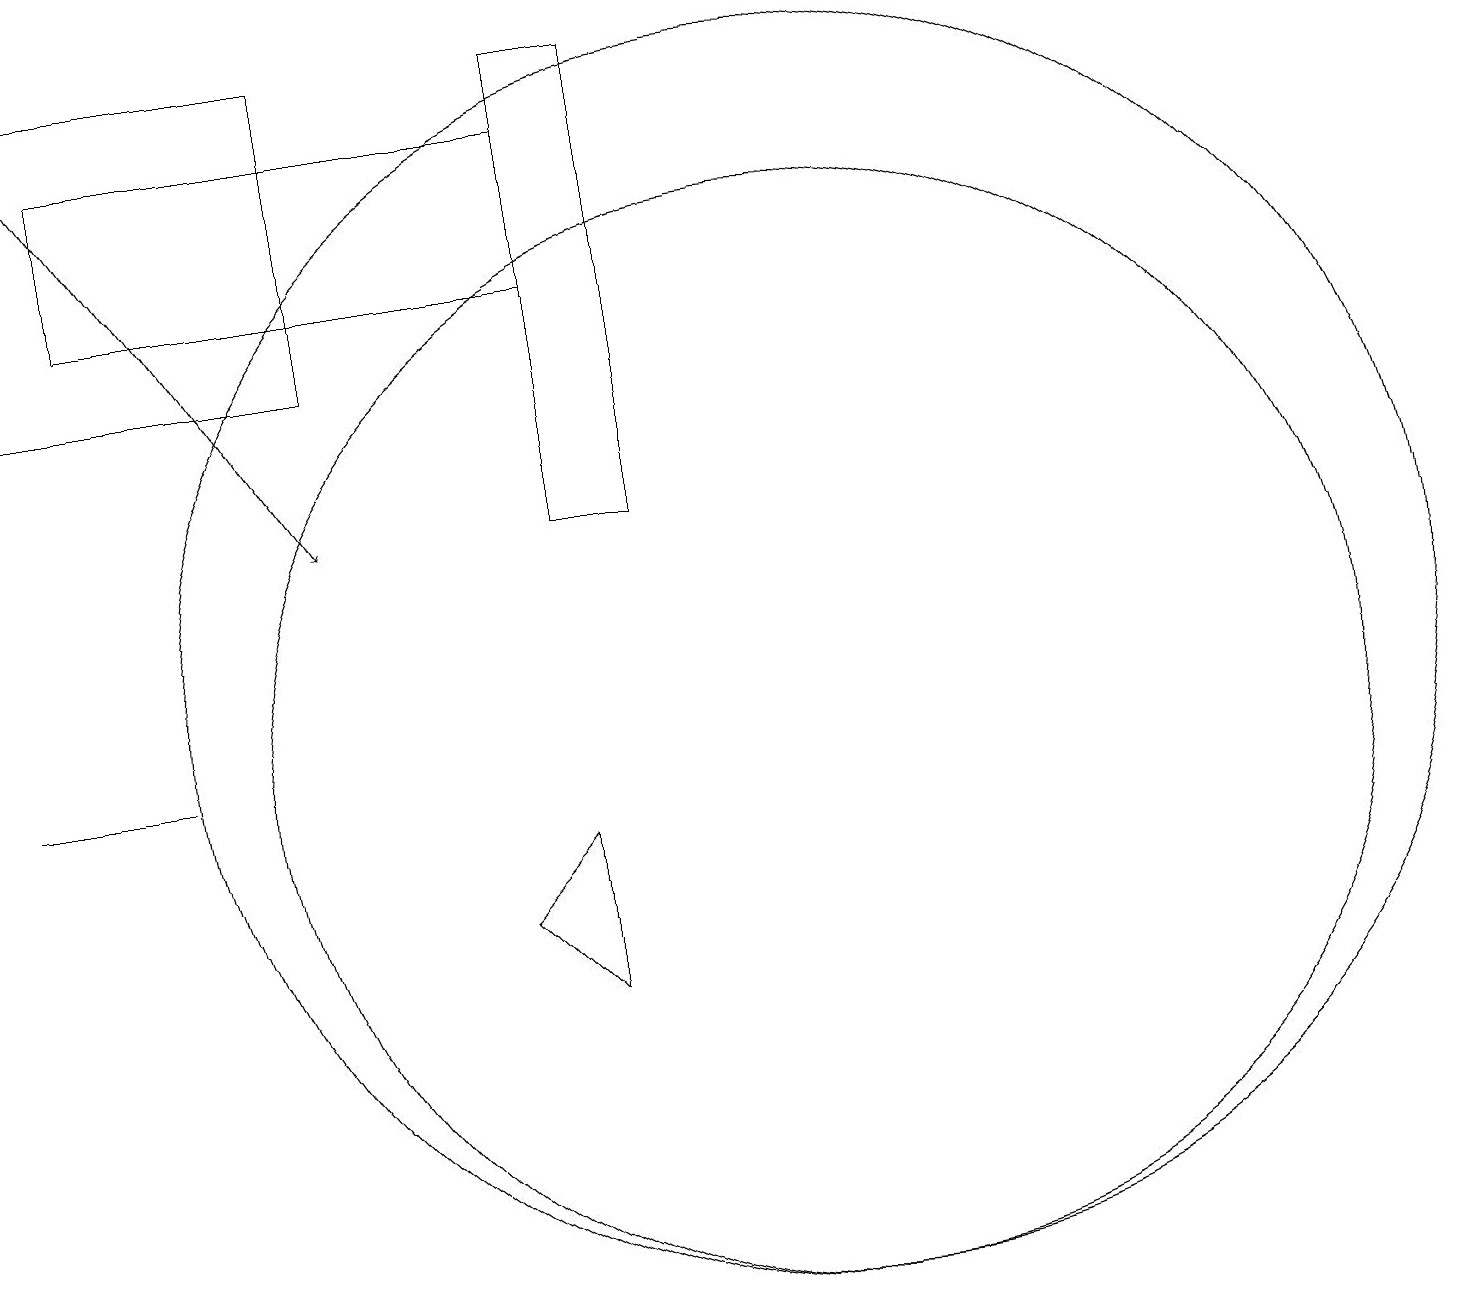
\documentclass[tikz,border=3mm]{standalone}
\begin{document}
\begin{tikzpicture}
\draw (0,10) rectangle (2,10);
\draw (6,8) -- (7,9) -- (7,7) -- cycle;
\draw[->] (0,19) -- (4,13);
\draw (10,10) circle (7);
\draw (8,13) rectangle (7,19);
\draw (1,16) rectangle (7,18);
\draw (10,11) circle (8);
\draw (0,19) rectangle (4,15);
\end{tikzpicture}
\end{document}